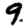
Digit: 9